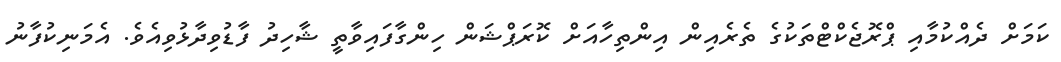
ކަމަށް ދެއްކުމާއި ޕްރޮޖެކްޓްތަކުގެ ތެރެއިން އިންތިހާއަށް ކޮރަޕްޝަން ހިންގާފައިވާތީ ޝާހިދު ފާޑުވިދާޅުވިއެވެ. އެމަނިކުފާނު